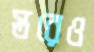
স্তরেও